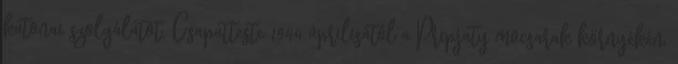
katonai szolgálatot. Csapatteste 1944 áprilisától a Pripjaty mocsarak környékén,